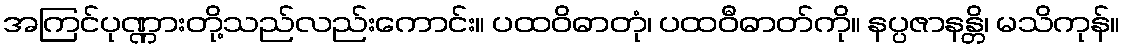
အကြင်ပုဏ္ဏားတို့သည်လည်းကောင်း။ ပထဝိဓာတုံ၊ ပထဝီဓာတ်ကို။ နပ္ပဇာနန္တိ၊ မသိကုန်။